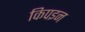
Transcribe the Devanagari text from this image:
किपइन